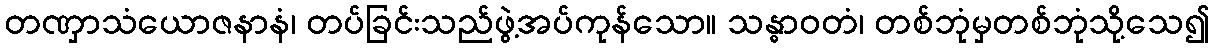
တဏှာသံယောဇနာနံ၊ တပ်ခြင်းသည်ဖွဲ့အပ်ကုန်သော။ သန္ဓာဝတံ၊ တစ်ဘုံမှတစ်ဘုံသို့သေ၍